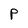
Character: P